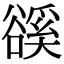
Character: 豀